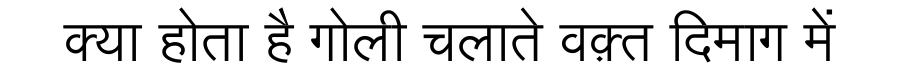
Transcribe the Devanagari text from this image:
क्या होता है गोली चलाते वक़्त दिमाग में